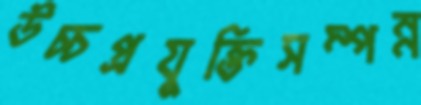
উচ্চপ্রযুক্তিসম্পন্ন